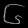
Digit: ၆